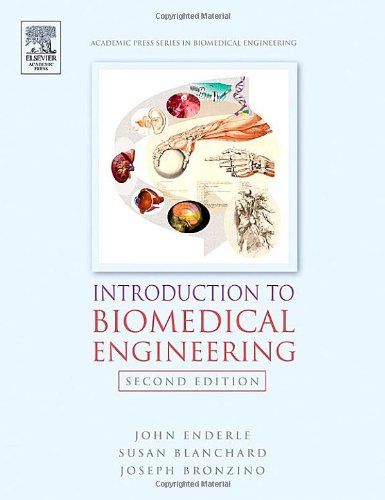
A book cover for Introduction to Biomedical Engineering, Second Edition; John D. Enderle; Science & Math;